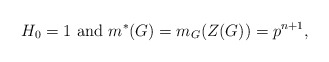
\begin{align*}H_0=1 \mbox{ and } m^*(G)=m_G(Z(G))=p^{n+1},\end{align*}